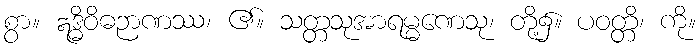
စွာ။ ဣဒ္ဓိဝိဓဉာဏဿ၊ ၏။ သတ္တသုအာရမ္မဏေသု၊ တို့၌။ ပဝတ္တိ၊ ကို။